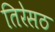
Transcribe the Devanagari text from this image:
तिरेसठ